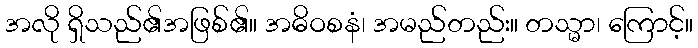
အလို ရှိသည်၏အဖြစ်၏။ အဓိဝစနံ၊ အမည်တည်း။ တသ္မာ၊ ကြောင့်။